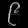
Digit: ၉